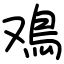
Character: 鳮